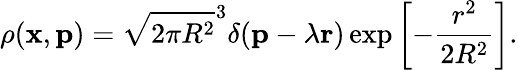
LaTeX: \rho({\mathbf x},{\mathbf p})=\sqrt{2\pi R^{2}}^{3}\delta({\mathbf p}-\lambda{\mathbf r})\exp\left[-\frac{r^{2}}{2R^{2}}\right].